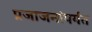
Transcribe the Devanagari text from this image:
प्रजाजनांपर्यंत